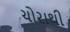
ચોરાથી